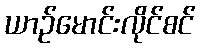
ယာဉ်မောင်းလိုင်စင်